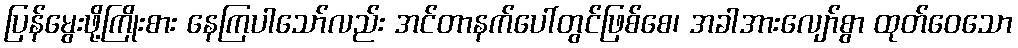
ပြန်မွေးဖို့ကြိုးစား နေကြပါသော်လည်း အင်တာနက်ပေါ်တွင်ဖြစ်စေ၊ အခါအားလျော်စွာ ထုတ်ဝေသော